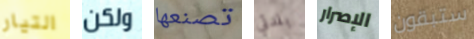
التيار ولكن تصنعها بلدتي الإصرار ستبقون